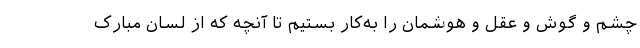
چشم و گوش‌ و عقل و هوشمان را به‌کار بستیم تا آنچه که از لسان مبارک